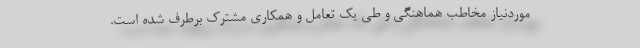
موردنیاز مخاطب هماهنگی و طی یک تعامل و همکاری مشترک برطرف شده است.